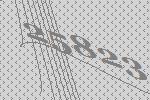
25823